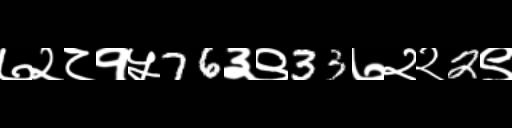
Text: ७२८१५76३९33७२२2९